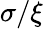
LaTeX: \sigma/\xi